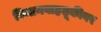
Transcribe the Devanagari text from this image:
विमानवाहतूकीवर